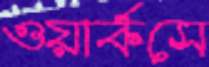
ওয়ার্কসে